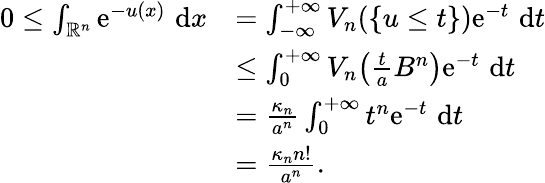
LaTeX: \begin{array}{rl}{0\leq\int_{{\mathbb R}^{n}}\mathrm{e}^{-u(x)}\, \, \mathrm{d}x}&{=\int_{-\infty}^{+\infty}V_{n}(\{ u\leq t\} )\mathrm{e}^{-t}\, \, \mathrm{d}t}\\ &{\leq\int_{0}^{+\infty}V_{n}\big(\frac{t}{a}B^{n}\big)\mathrm{e}^{-t}\, \, \mathrm{d}t}\\ &{=\frac{\kappa_{n}}{a^{n}}\int_{0}^{+\infty}t^{n}\mathrm{e}^{-t}\, \, \mathrm{d}t}\\ &{=\frac{\kappa_{n}n!}{a^{n}}.}\end{array}